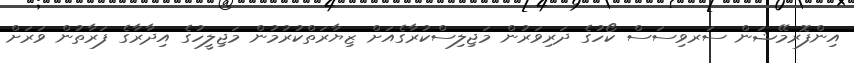
އިންފޮރމޭޝަން ސަރވިސަސް ކޯހުގެ ދަރިވަރުން މަޖިލިސްކުރާގެއަށް ޒިޔާރަތްކުރުމުން މަޖިލީހުގެ އިދާރާގެ ފަރާތުން ވަރަށް